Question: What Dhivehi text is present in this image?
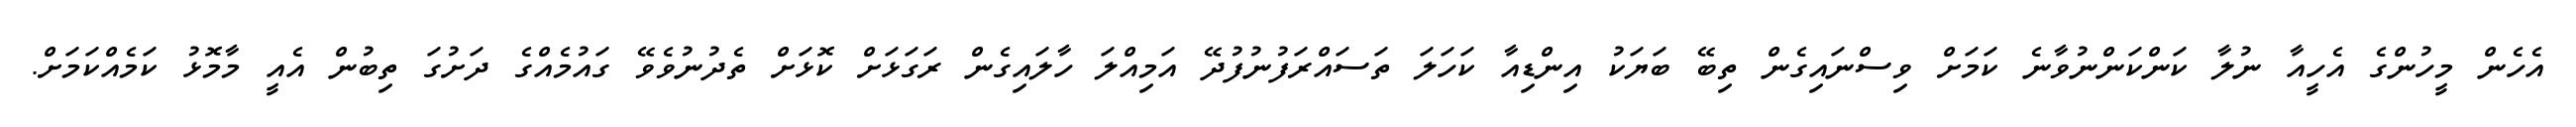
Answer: އެހެން މީހުންގެ އެހީއާ ނުލާ ކަންކަންނުވާނެ ކަމަށް ވިސްނައިގެން ތިބޭ ބަޔަކު އިންޑިއާ ކަހަލަ ތަސައްރަފުނުފުދޭ އަމިއްލަ ހާލައިގެން ރަގަޅަށް ކޮޅަށް ތެދުނުވެވޭ ގައުމެއްގެ ދަށުގަ ތިބުން އެއީ މާމޮޅު ކަމެއްކަމަށް.